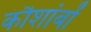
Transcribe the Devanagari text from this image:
कौशांबों